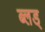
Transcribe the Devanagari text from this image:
ब्लड्